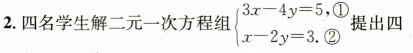
2. 四名学生解二元一次方程组 $$\left\{ \begin{matrix} 3x-4y=5, \\ x-2y=3. \textcircled 2 \\ \end{matrix} \right.$$ ①提出四